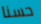
حسنا